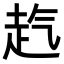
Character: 𧺞